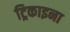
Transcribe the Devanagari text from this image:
ट्रिकाइना